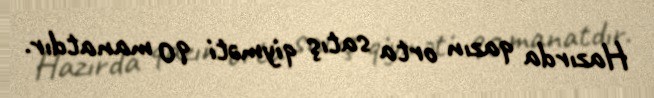
Hazırda qazın orta satış qiyməti 90 manatdır.